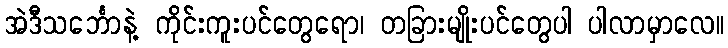
အဲဒီသင်္ဘောနဲ့ ကိုင်းကူးပင်တွေရော၊ တခြားမျိုးပင်တွေပါ ပါလာမှာလေ။